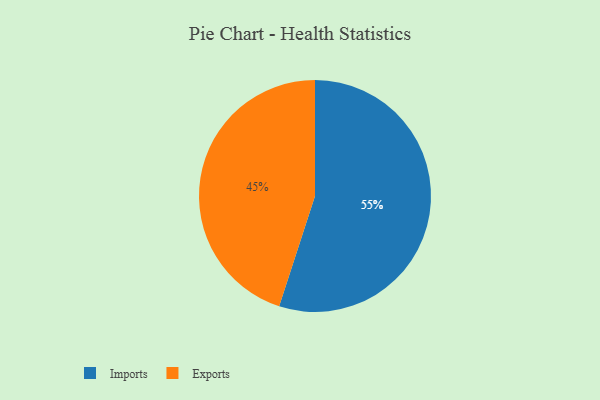
{"axis": {"x": "Category", "y": "Percentage"}, "legend": ["Exports", "Imports"], "data": [{"x": "Imports", "y": 55, "type": "Imports"}, {"x": "Exports", "y": 45, "type": "Exports"}]}